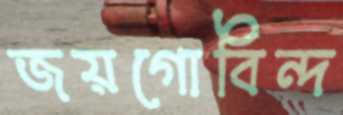
জয়গোবিন্দ